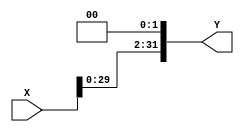
module shift2left(input [31:0]X, 
						output [31:0]Y); 
//Shift left 2 (multiply 4)
assign Y = {X[29:0],2'b0}; 
endmodule